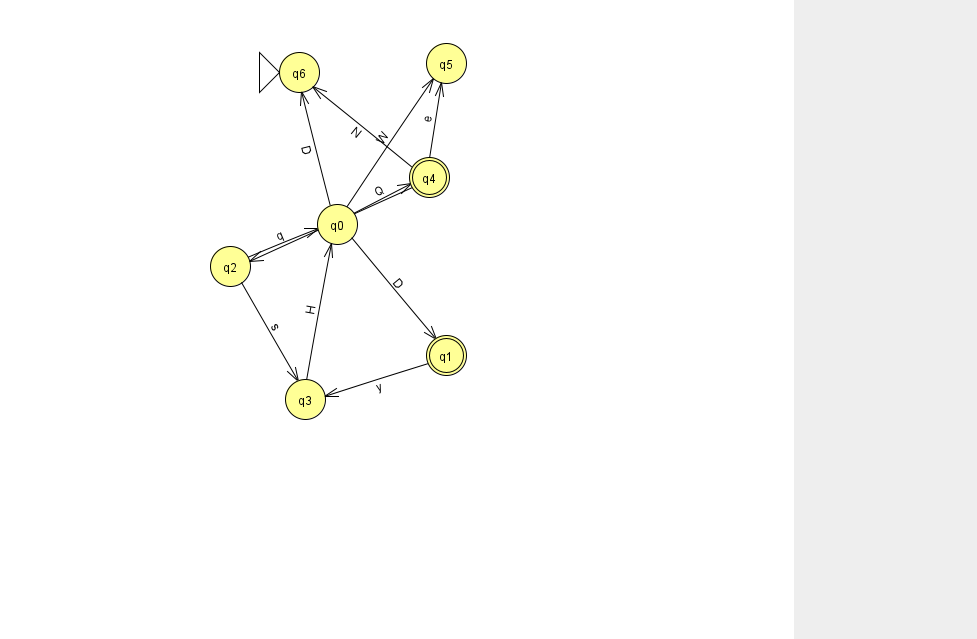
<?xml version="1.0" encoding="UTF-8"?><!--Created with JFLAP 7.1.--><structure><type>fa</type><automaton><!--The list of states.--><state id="0" name="q0"><x>337.0</x><y>211.0</y></state><state id="1" name="q1"><x>446.0</x><y>342.0</y><final/></state><state id="2" name="q2"><x>230.0</x><y>253.0</y></state><state id="3" name="q3"><x>305.0</x><y>386.0</y></state><state id="4" name="q4"><x>429.0</x><y>164.0</y><final/></state><state id="5" name="q5"><x>446.0</x><y>50.0</y></state><state id="6" name="q6"><x>299.0</x><y>59.0</y><initial/></state><!--The list of transitions.--><transition><from>0</from><to>6</to><read>D</read></transition><transition><from>4</from><to>2</to><read>I</read></transition><transition><from>4</from><to>5</to><read>e</read></transition><transition><from>0</from><to>4</to><read>Q</read></transition><transition><from>0</from><to>5</to><read>W</read></transition><transition><from>1</from><to>3</to><read>y</read></transition><transition><from>2</from><to>3</to><read>s</read></transition><transition><from>2</from><to>0</to><read>q</read></transition><transition><from>3</from><to>0</to><read>H</read></transition><transition><from>0</from><to>1</to><read>D</read></transition><transition><from>4</from><to>6</to><read>N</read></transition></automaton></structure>